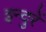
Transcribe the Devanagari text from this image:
इन्दुरें